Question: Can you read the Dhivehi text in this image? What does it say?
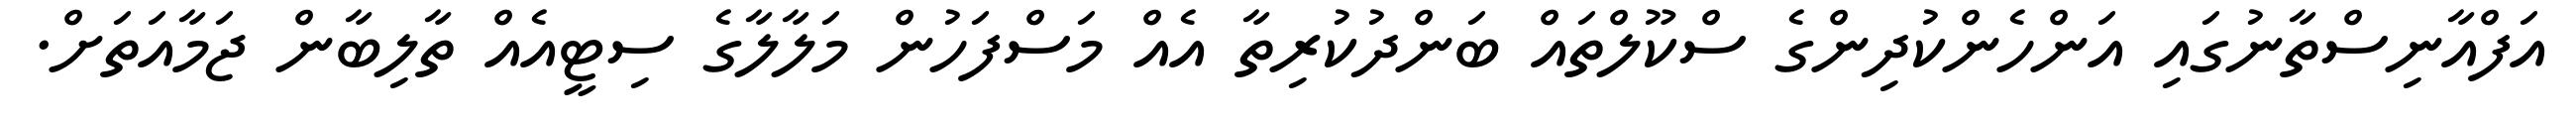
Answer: އަފްއާނިސްތާނުގައި އަންހެންކުދިންގެ ސްކޫލްތައް ބަންދުކުރިތާ އެއް މަސްފަހުން މަލާލާގެ ސިޓީއެއް ތާލިބާން ޖަމާއަތަށް.